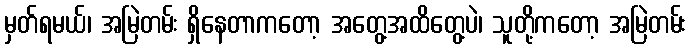
မှတ်ရမယ်၊ အမြဲတမ်း ရှိနေတာကတော့ အတွေ့အထိတွေ့ပဲ၊ သူတို့ကတော့ အမြဲတမ်း